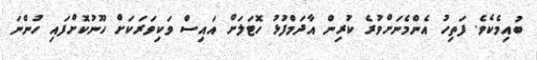
ބުއިމެކެވެ. ފަތިހު އެންމެނަށްވުރެ ކުރިން އާދަމްފުޅު ހޮޓަލަށް އައިސް ވަކިވަރަކަށް ހޫނުކޮށްފައި ހުންނަ